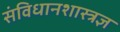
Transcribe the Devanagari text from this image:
संविधानशास्त्रज्ञ